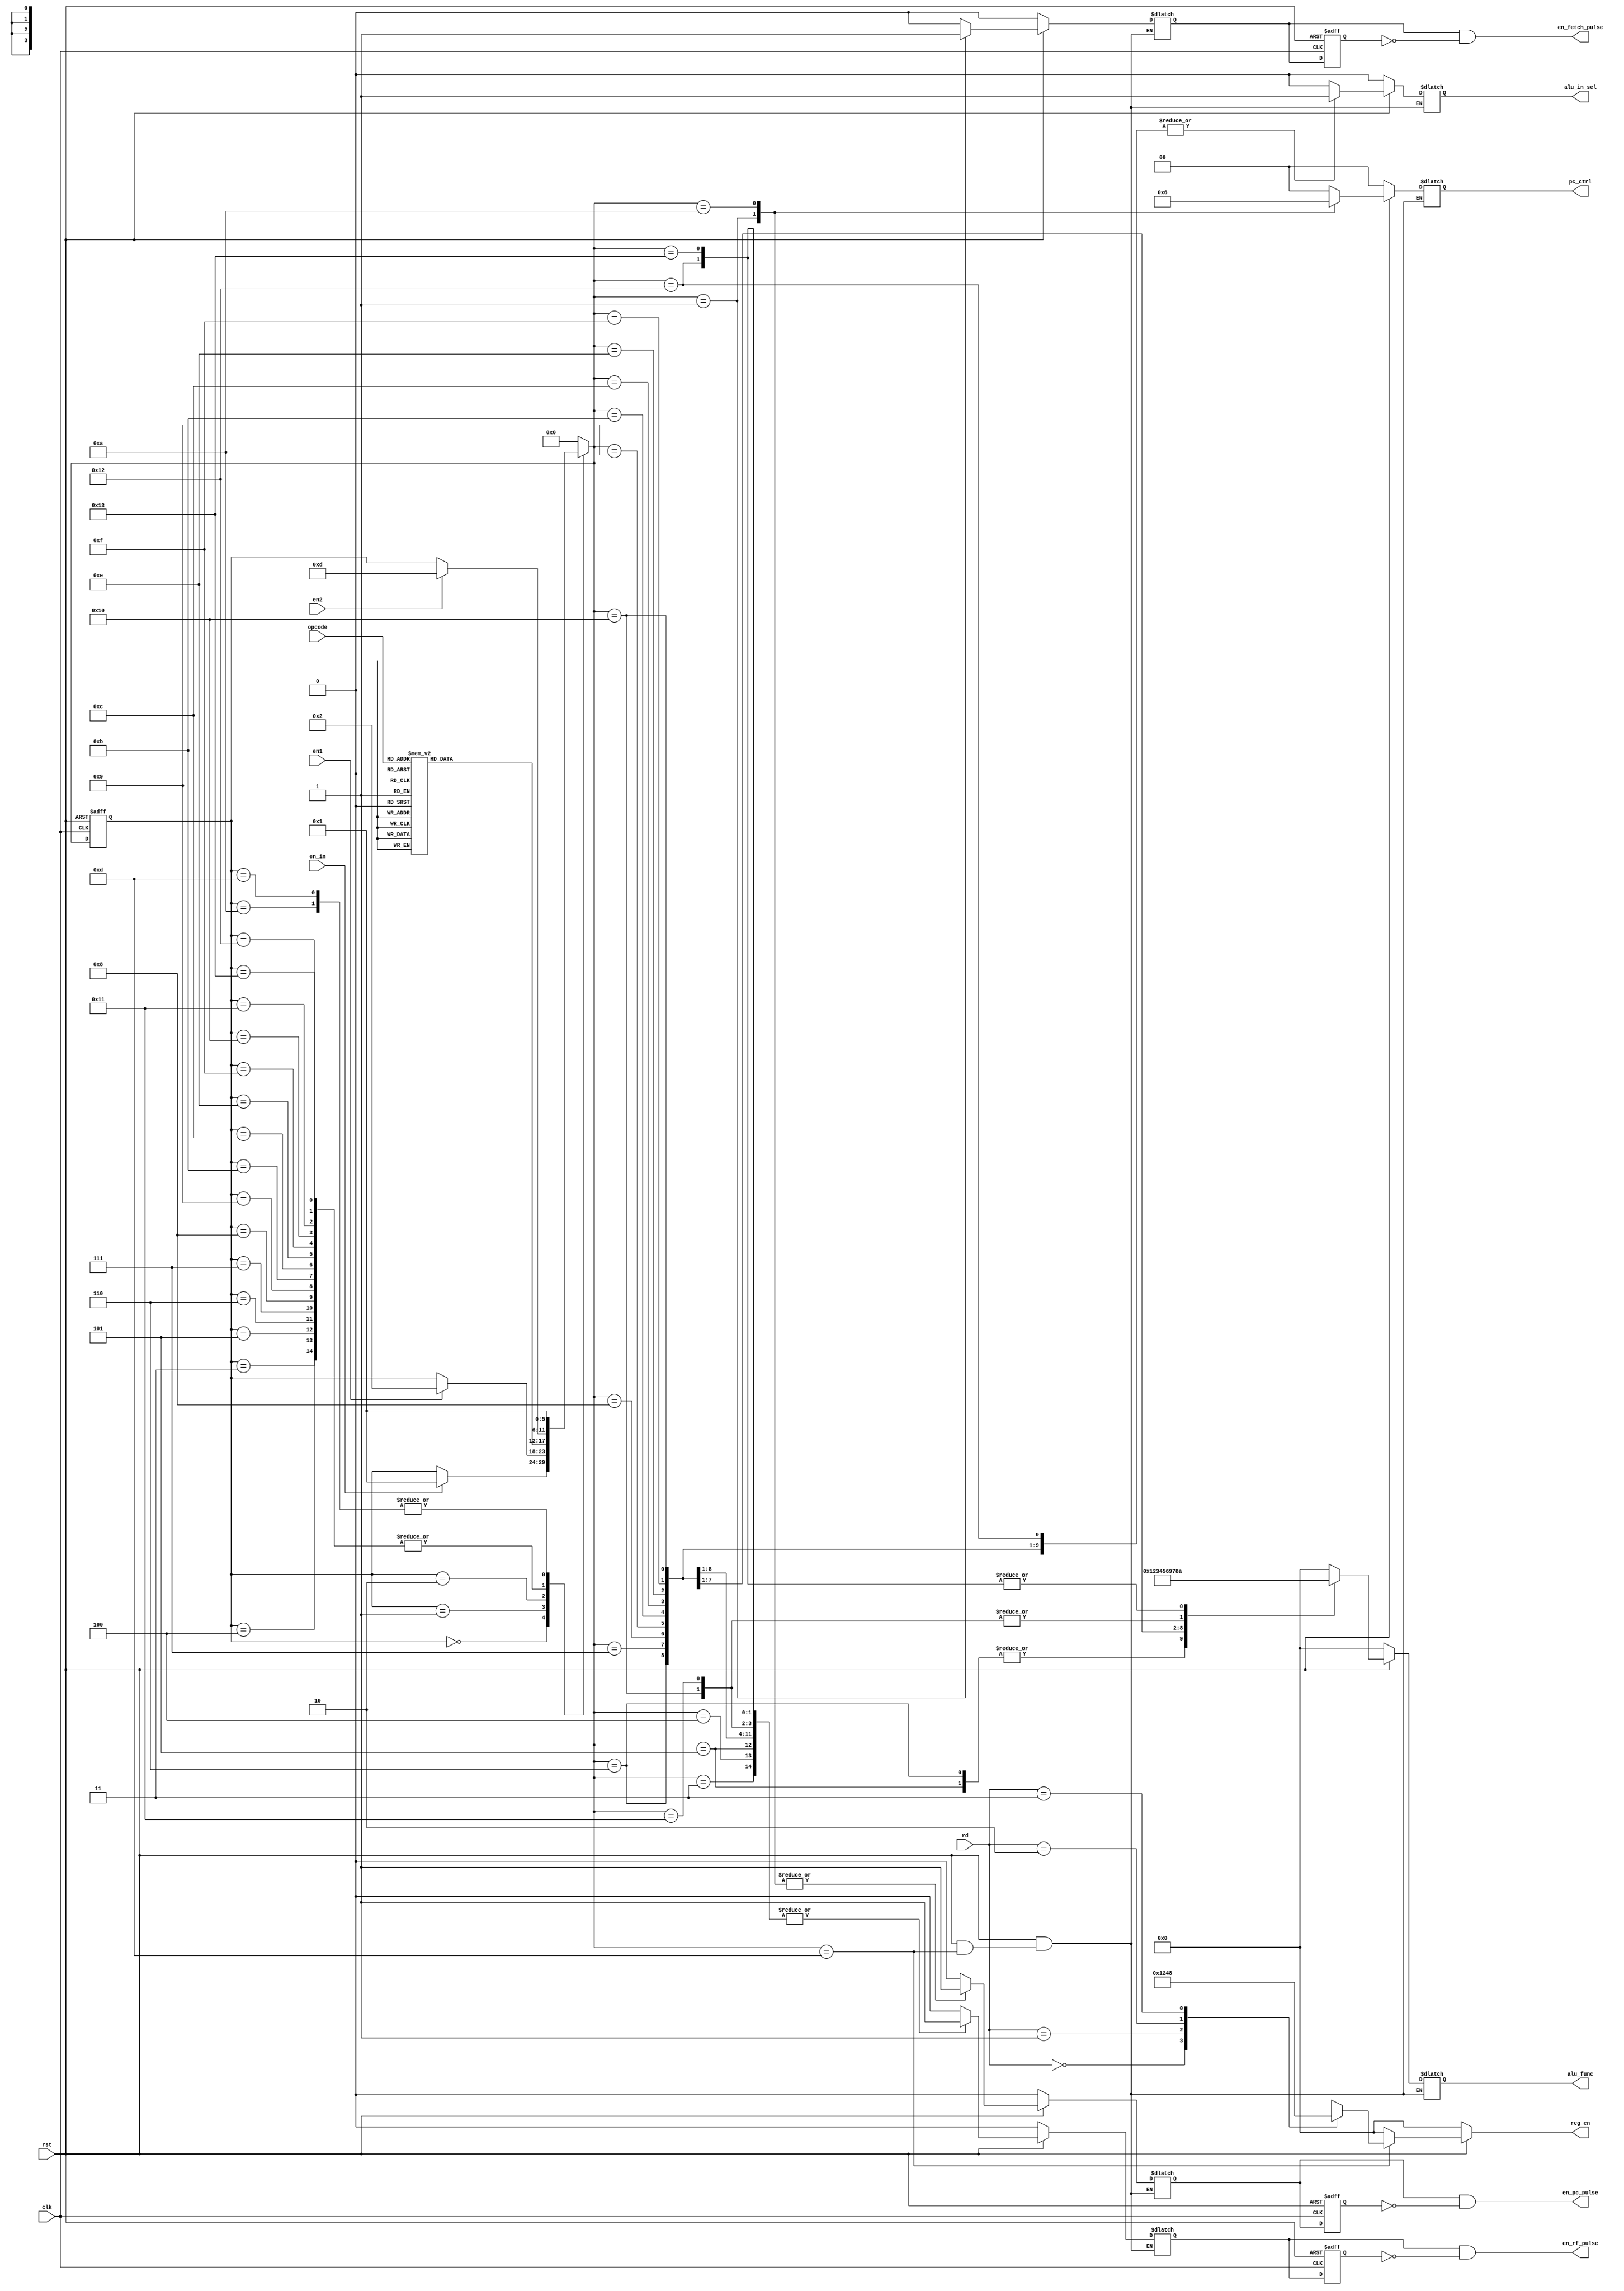
module state_transition(clk,rst,en_in,en1,en2,rd,opcode,en_fetch_pulse,en_rf_pulse,en_pc_pulse,pc_ctrl,reg_en,alu_in_sel,alu_func);

input clk,rst;
input en_in;
// ir
input en1;
// alu
input en2;
input [1:0] rd;
input [3:0] opcode;
output reg en_fetch_pulse;
output reg en_rf_pulse;
output reg en_pc_pulse;
output reg [1:0] pc_ctrl;	//PC
output reg [3:0] reg_en;	//reg
output reg alu_in_sel;	//alu_mux
output reg [3:0] alu_func;	//alu

reg en_fetch_reg,en_fetch;
reg en_rf_reg,en_rf;
reg en_pc_reg,en_pc;
reg [5:0] current_state,next_state;

// 
parameter Initial = 5'b00000;
parameter Fetch = 5'b00001;
parameter Decode = 5'b00010;
parameter Execute_Movel = 5'b00011;
parameter Execute_Move2 = 5'b00100;
parameter Execute_Add1 = 5'b00101;
parameter Execute_Add2 = 5'b00110;
parameter Execute_Sub = 5'b00111;
parameter Execute_And = 5'b01000;
parameter Execute_Or = 5'b01001;
parameter Execute_Jump = 5'b01010;
parameter Execute_Leftshift = 5'b01011;
parameter Execute_Rightshift = 5'b01100;
parameter Write_back = 5'b01101;
parameter Execute_Ringshift = 5'b01110;
parameter Execute_MUL = 5'b01111;
parameter Execute_CMP1 = 5'b10000;
parameter Execute_CMP2 = 5'b10001;
parameter Execute_XOR1 = 5'b10010;
parameter Execute_XOR2 = 5'b10011;

// 
always @ (posedge clk or negedge rst) 
begin
// rstInitial
	if(!rst)
		current_state <= Initial;
	else 
		current_state <= next_state;
end

// 
always @ (current_state or en_in or en1 or en2 or opcode) 
begin
	case (current_state)
		Initial: 
		// 
		begin
			if(en_in)
				next_state = Fetch;
			else
				next_state = current_state;
		end
		Fetch: 
		// ir
		begin
			if(en1) 
				next_state = Decode;
			else
				next_state = current_state;
		end
		Decode: 
		// opcode
		begin
			case(opcode) 
				4'b0000: next_state = Execute_Movel;
				4'b0001: next_state = Execute_Move2;
				4'b0010: next_state = Execute_Add1;
				4'b0011: next_state = Execute_Add2;
				4'b0100: next_state = Execute_Sub;
				4'b0101: next_state = Execute_And;
				4'b0110: next_state = Execute_Or;
				4'b0111: next_state = Execute_Jump;
				4'b1000: next_state = Execute_Leftshift;
				4'b1001: next_state = Execute_Rightshift;
				4'b1010: next_state = Execute_Ringshift;
				4'b1011: next_state = Execute_MUL;
				
				4'b1100: next_state = Execute_XOR1;
				4'b1101: next_state = Execute_XOR2;

				4'b1110: next_state = Execute_CMP1;
				4'b1111: next_state = Execute_CMP2;
				default: next_state = current_state;
			endcase
		end
		// alu
		Execute_Movel: 
		begin
			if(en2)
				next_state = Write_back;
			else
				next_state = current_state;
		end
		Execute_Move2: 
		begin
			if(en2)
				next_state = Write_back;
			else
				next_state = current_state;
		end
		Execute_Add1: 
		begin
			if(en2)
				next_state = Write_back;
			else
				next_state = current_state;
		end
		Execute_Add2: 
		begin
			if(en2)
				next_state = Write_back;
			else
				next_state = current_state;
		end
		Execute_Sub: 
		begin
			if(en2)
				next_state = Write_back;
			else
				next_state = current_state;
		end
		Execute_And: 
		begin
			if(en2)
				next_state = Write_back;
			else
				next_state = current_state;
		end
		Execute_Or: 
		begin
			if(en2)
				next_state = Write_back;
			else
				next_state = current_state;
		end
		Execute_Leftshift: 
		begin
			if(en2)
				next_state = Write_back;
			else
				next_state = current_state;
		end
		Execute_Rightshift:
		begin
			if(en2)
				next_state = Write_back;
			else
				next_state = current_state;
		end
		Execute_Ringshift:
		begin
			if(en2)
				next_state = Write_back;
			else
				next_state = current_state;
		end
		Execute_MUL:
		begin
			if(en2)
				next_state = Write_back;
			else
				next_state = current_state;
		end
		Execute_CMP1:
		begin
			if(en2)
				next_state = Write_back;
			else
				next_state = current_state;
		end
		Execute_CMP2:
		begin
			if(en2)
				next_state = Write_back;
			else
				next_state = current_state;
		end
		Execute_XOR1:
		begin
			if(en2)
				next_state = Write_back;
			else
				next_state = current_state;
		end
		Execute_XOR2:
		begin
			if(en2)
				next_state = Write_back;
			else
				next_state = current_state;
		end
		// :jumpWrite_back
		//jump
		//Write_back
		Execute_Jump: next_state = Fetch;
		Write_back: next_state = Fetch;
		default: next_state = Initial;
	endcase
end
//
//		en_fetch
//		en_rf
//		en_pc
//		pc_ctrl
//		reg_en
//		alu_in_sel
//		alu_func
// 
// 
// 1.alu_in_sel1pc_ctrl
//RdRsalu_in_sel10
//fetchpc_ctrl+1offset

// 2.Execute_MovelExecute_Move2
//Execute_MovelRd
//Execute_Move2RdRs

// 3.en_pc_pulse,en_rf_pulse,en_fetch_pulse

// 4.
//fetch
// 5.next_state
always @ (clk or rst or next_state) 
begin
	if(!rst) 
	begin
		en_fetch = 1'b0;
		en_rf = 1'b0;
		en_pc = 1'b0;
		pc_ctrl = 2'b00;
		reg_en = 4'b0000;
		alu_in_sel = 1'b0;
		alu_func = 4'b0000;
	end
	else 
	begin
		case (next_state)
			Initial: 
			// 0
			begin
				en_fetch = 1'b0;
				en_rf = 1'b0;
				en_pc = 1'b0;
				pc_ctrl = 2'b00;
				reg_en = 4'b0000;
				alu_in_sel = 1'b0;
				alu_func = 4'b0000;
			end
			Fetch: 
			begin
				en_fetch = 1'b1;	//RAM
				en_rf = 1'b0;	//
				en_pc = 1'b1;	//pc
				pc_ctrl = 2'b01;	//pc_out += 1pcRAM
				reg_en = 4'b0000;	//
				alu_in_sel = 1'b0;
				alu_func = 4'b0000;
			end
			Decode: 
			// 
			begin
				en_fetch = 1'b0;
				en_rf = 1'b0;
				en_pc = 1'b0;
				pc_ctrl = 2'b00;
				reg_en = 4'b0000;
				alu_in_sel = 1'b0;
				alu_func = 4'b0000;
			end
			Execute_Movel:	//Rd
		   //moveen_rf1
			//
			begin
				en_fetch = 1'b0;
				en_rf = 1'b1; 
				en_pc = 1'b0;
				pc_ctrl = 2'b00;
				reg_en = 4'b0000;
				alu_in_sel = 1'b0;	//offset
				alu_func = 4'b0000;	//
			end
			Execute_Move2:	//RsRd
			begin
				en_fetch = 1'b0;
				en_rf = 1'b1;
				en_pc = 1'b0;
				pc_ctrl = 2'b00;
				reg_en = 4'b0000;
				alu_in_sel = 1'b1;	//Rs
				alu_func = 4'b0000;
			end
			Execute_Add1:	//Rd
			begin
				en_fetch = 1'b0;
				en_rf = 1'b1;
				en_pc = 1'b0;
				pc_ctrl = 2'b00;
				reg_en = 4'b0000;
				alu_in_sel = 1'b0;	//offset
				alu_func = 4'b0001;	//
			end
			Execute_Add2:	//RsRd
			begin
				en_fetch = 1'b0;
				en_rf = 1'b1;
				en_pc = 1'b0;
				pc_ctrl = 2'b00;
				reg_en = 4'b0000;
				alu_in_sel = 1'b1;	//Rs
				alu_func = 4'b0001;	//
			end
			Execute_Sub:	//Rd-RsRd
			begin
				en_fetch = 1'b0;
				en_rf = 1'b1;
				en_pc = 1'b0;
				pc_ctrl = 2'b00;
				reg_en = 4'b0000;
				alu_in_sel = 1'b1;	//Rs
				alu_func = 4'b0010;	//
			end
			Execute_And:	//Rd & RsRd
			begin
				en_fetch = 1'b0;
				en_rf = 1'b1;
				en_pc = 1'b0;
				pc_ctrl = 2'b00;
				reg_en = 4'b0000;
				alu_in_sel = 1'b1;	//Rs
				alu_func = 4'b0011;	//&
			end
			Execute_Or:	//Rd | RsRd
			begin
				en_fetch = 1'b0;
				en_rf = 1'b1;
				en_pc = 1'b0;
				pc_ctrl = 2'b00;
				reg_en = 4'b0000;
				alu_in_sel = 1'b1;	//Rs
				alu_func = 4'b0100;	//|
			end
			Execute_Jump: 
			// jumpen_rfen_pc
			//jump
			begin
				en_fetch = 1'b0;
				en_rf = 1'b0;
				en_pc = 1'b1;
				pc_ctrl = 2'b10;	//offset_addr
				reg_en = 4'b0000;
				alu_in_sel = 1'b0;	//offset
				alu_func = 4'b0000;
			end
			Execute_Leftshift: 
			begin
				en_fetch = 1'b0;
				en_rf = 1'b1;
				en_pc = 1'b0;
				pc_ctrl = 2'b00;
				reg_en = 4'b0000;
				alu_in_sel = 1'b1;	//Rs
				alu_func = 4'b0101;	//
			end
			Execute_Rightshift:
			begin
				en_fetch = 1'b0;
				en_rf = 1'b1;
				en_pc = 1'b0;
				pc_ctrl = 2'b00;
				reg_en = 4'b0000;
				alu_in_sel = 1'b1;	//Rs
				alu_func = 4'b0110;	//
			end
			Execute_Ringshift:
			begin
				en_fetch = 1'b0;
				en_rf = 1'b1;
				en_pc = 1'b0;
				pc_ctrl = 2'b00;
				reg_en = 4'b0000;
				alu_in_sel = 1'b1;	//Rs
				alu_func = 4'b1001;	//Ring shift
			end
			Execute_MUL:
			begin
				en_fetch = 1'b0;
				en_rf = 1'b1;
				en_pc = 1'b0;
				pc_ctrl = 2'b00;
				reg_en = 4'b0000;
				alu_in_sel = 1'b1;	//Rs
				alu_func = 4'b0111;	//
			end
			Execute_CMP1:
			begin
				en_fetch = 1'b0;
				en_rf = 1'b1;
				en_pc = 1'b0;
				pc_ctrl = 2'b00;
				reg_en = 4'b0000;
				alu_in_sel = 1'b1;	//Rs
				alu_func = 4'b1000;	//
			end
			Execute_CMP2:
			begin
				en_fetch = 1'b0;
				en_rf = 1'b1;
				en_pc = 1'b0;
				pc_ctrl = 2'b00;
				reg_en = 4'b0000;
				alu_in_sel = 1'b0;	//offset
				alu_func = 4'b1000;	//
			end
			Execute_XOR1:
			begin
				en_fetch = 1'b0;
				en_rf = 1'b1;
				en_pc = 1'b0;
				pc_ctrl = 2'b00;
				reg_en = 4'b0000;
				alu_in_sel = 1'b1;	//Rs
				alu_func = 4'b1010;	//
			end
			Execute_XOR2:
			begin
				en_fetch = 1'b0;
				en_rf = 1'b1;
				en_pc = 1'b0;
				pc_ctrl = 2'b00;
				reg_en = 4'b0000;
				alu_in_sel = 1'b0;	//offset
				alu_func = 4'b1010;	//
			end
			Write_back:
		   // reg_en	
			begin
				case(rd)
					2'b00: reg_en = 4'b0001;
					2'b01: reg_en = 4'b0010;
					2'b10: reg_en = 4'b0100;
					2'b11: reg_en = 4'b1000;
					default: reg_en = 4'b0000;
				endcase
			end
			default: 
			begin
				en_fetch = 1'b0;
				en_rf = 1'b0;
				en_pc = 1'b0;
				pc_ctrl = 2'b00;
				reg_en = 4'b0000;
				alu_in_sel = 1'b0;
				alu_func = 4'b0000;
			end
		endcase
	end
end

// en_fetch_pulseen_pc_pulseen_rf_pulse
always @ (posedge clk or negedge rst) 
begin
	if(!rst) 
	begin
		en_fetch_reg <= 1'b0;
		en_pc_reg <= 1'b0;
		en_rf_reg <= 1'b0;
	end
	else 
	begin
		en_fetch_reg <= en_fetch;
		en_pc_reg <= en_pc;
		en_rf_reg <= en_rf;
	end
end
// en_fetch_pulsenext_state
always @ (en_fetch or en_fetch_reg)
	en_fetch_pulse = en_fetch & (~en_fetch_reg);
	
always @ (en_pc_reg or en_pc)
	en_pc_pulse = en_pc & (~en_pc_reg);
	
always @ (en_rf_reg or en_rf)
	en_rf_pulse = en_rf & (~en_rf_reg);

endmodule